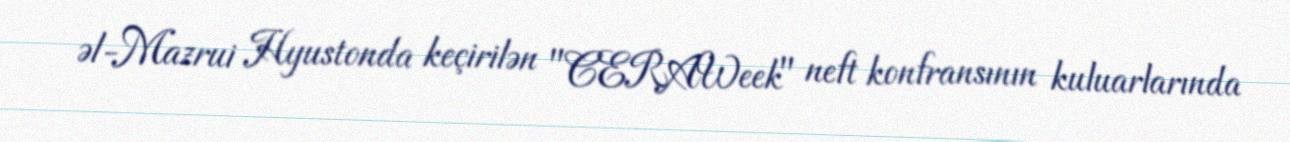
əl-Mazrui Hyustonda keçirilən "CERAWeek" neft konfransının kuluarlarında